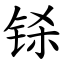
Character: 铩